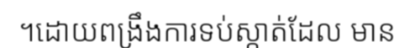
។ដោយពង្រឹងការទប់ស្កាត់ដែល មាន